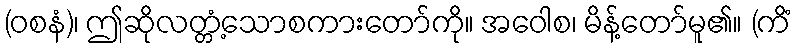
(ဝစနံ)၊ ဤဆိုလတ္တံ့သောစကားတော်ကို။ အဝေါစ၊ မိန့်တော်မူ၏။ (ကိံ